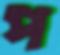
প